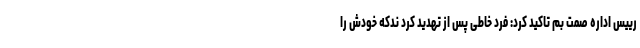
رییس اداره صمت بم تاکید کرد: فرد خاطی پس از تهدید کرد ندکه خودش را